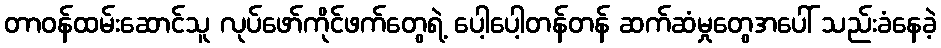
တာဝန်ထမ်းဆောင်သူ လုပ်ဖော်ကိုင်ဖက်တွေရဲ့ ပေါ့ပေါ့တန်တန် ဆက်ဆံမှုတွေအပေါ် သည်းခံနေခဲ့